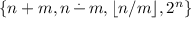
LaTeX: \{ n + m , n \, { \stackrel { . } { - } } \, m , \lfloor n / m \rfloor , 2 ^ { n } \}